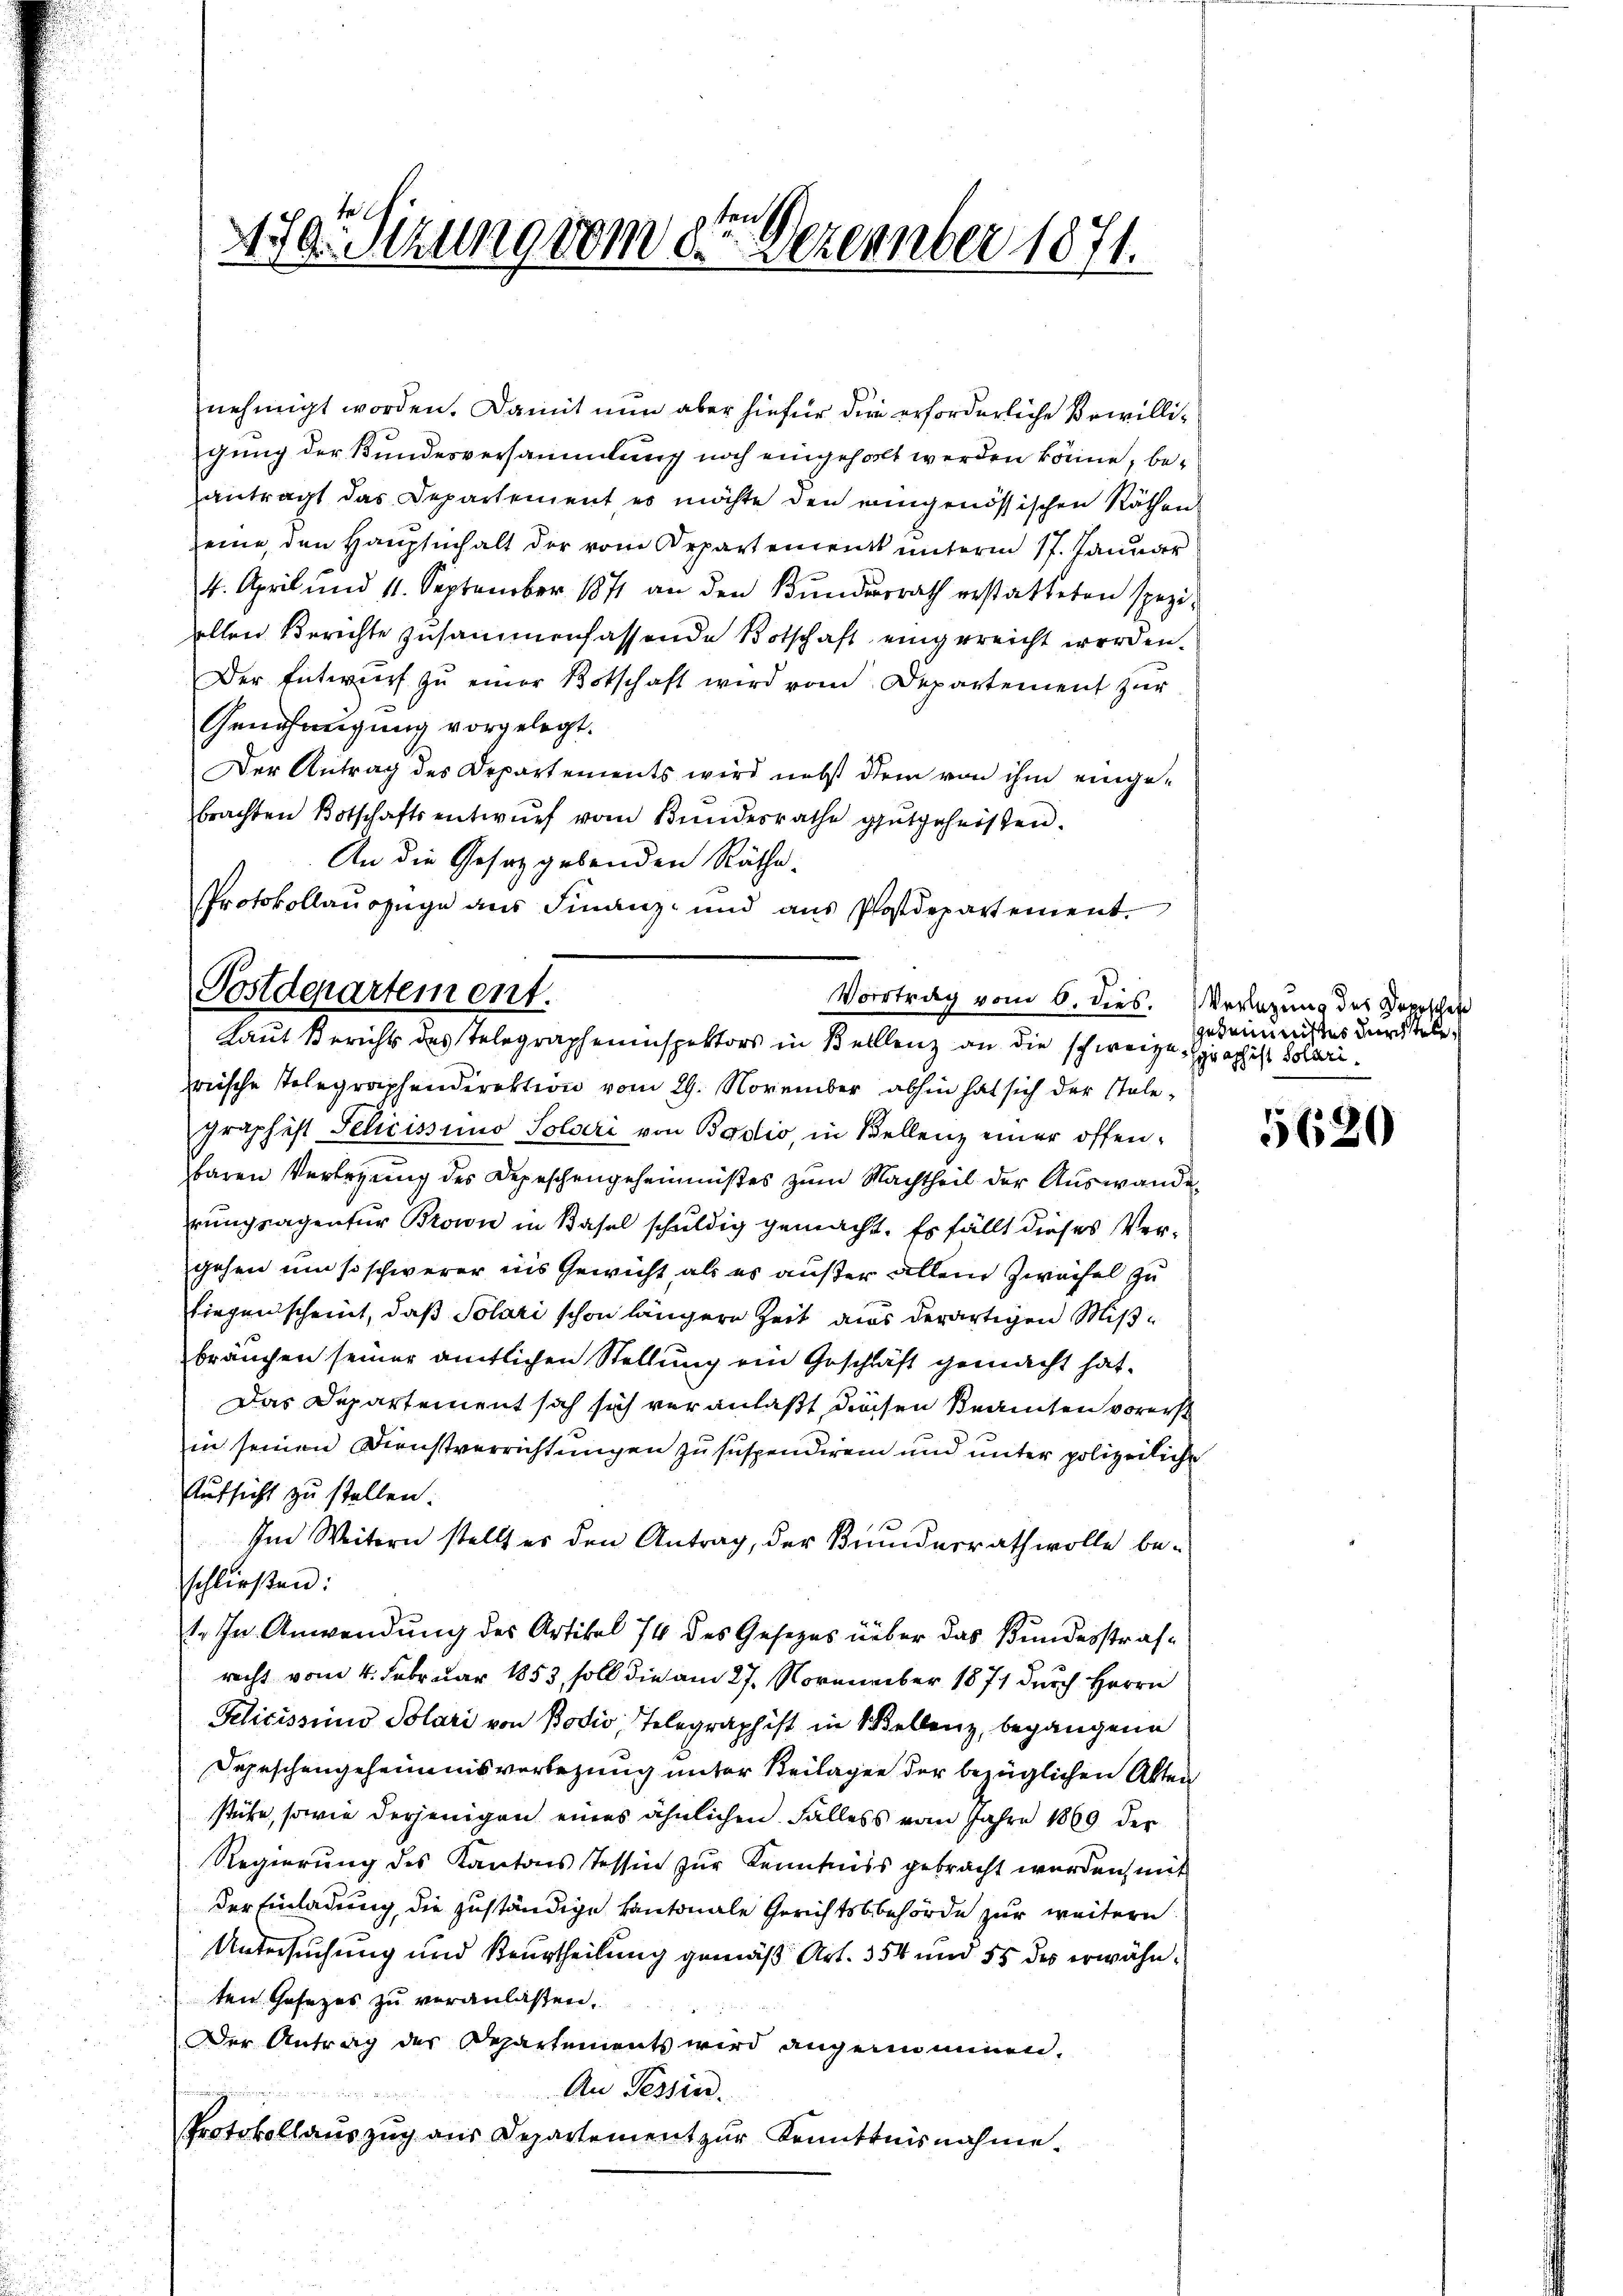
1
430. Sitzung vom 8. Dezember 1871.

nehmigt worden. Damit nun aber hiefür die erforderliche Bewilligung der Bundesversammlung noch eingeholt werden könne, beantragt das Departement es möchte den eingenössischen Räthen
eine, den Hauptinhalt der vom Orpartement unterm 17. Januar
4. April und 11. September 1871 an den Bŭndesrath erstatteten speziallen Berichte zusammenfassende Botschaft eingereicht werden.
Der Entwurf zŭ einer Botschaft wird vom Departement zur
Genehmigung vorgelegt.
Der Antrag des Departements wird nebst dem von ihm eingebrachten Botschaftsentwŭrf vom Bundesrathe gutgeheissen.
An die Gesetzgebenden Räthe.
Protokollauszuge aus Finanz- und aus Postdepartement

Postdepartement.
Vortrag vom 6. dies.
Laut Berichts des Telegrapheninspektors in Belllenz an die schweize sprach ist Solari¬

pische Telegraphendirektion vom 29. November abhin hat sich der Stalegraphist Felicissimo Solari von Bodio, in Kellenz einer offenbaren Verlegung des Depeschengeheimnißes zum Nachtheil der Auswanderungsagentur Brown in Basel schuldig gemacht. Es fällt dieses Vergehen um so schwerer ins Gewicht als es außer allein Zweifel zu
Wiegenscheint, daß Solari schon längere Zeit aus derartigen Mißbräuchen seiner amtlichen Stellung ein Geschläft gemacht hat.
Das Departement sich sich veranlaßt diesen Beamten vorerst
in seinen Dienstverrichtungen zu suspendiren und unter polizeiliche
Aufsicht zu stellen.
Im Weitern stellt es den Antrag, der Bunderrath wolle beschließen:
1. In Anwendung des Artikel 74 des Gesezes über das Bundesstrafrecht vom 4. Februar 1853, soll die am 27. November 1871 durch Herrn
Felicissimo Solari von Bodio Telegraph ist in Wellenz, begangene
Depeschengeheimnisverlegung unter Beilagen der bezüglichen Akten
stühe, sowie derjenigen eines ähnlichen Falless vom Jahre 1869 der
Regierung des Kantons Tessin zur Kenntniss gebracht werden, mit
der Einladung, die zuständige Kantonale Gerichtsbehörde zur weitern
Untersuchung und Beurtheilung gemäß Art. 354 und 55 des erwähnten Gesezes zu veranlassen.
Der Antrag der Repartements wird angenommen.
An Tessin.
Protokollauszug aus Departement zur Kenntnisnahme

Verlegung des Depeschehe
Geheimnistes durch stele

5620